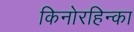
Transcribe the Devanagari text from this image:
किनोरहिन्का